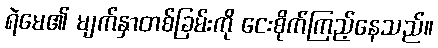
ရဲမေ၏ မျက်နှာတစ်ခြမ်းကို ငေးစိုက်ကြည့်နေသည်။